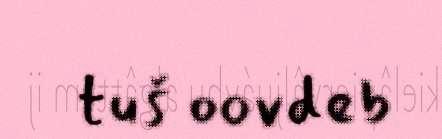
tuš oovdeb